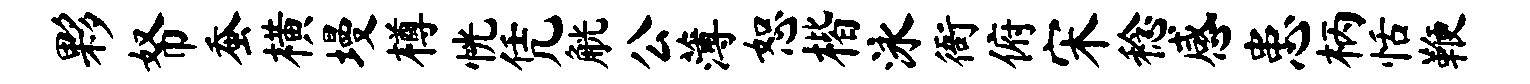
夥帑蚕横墁樽恍凭觥公薄恕楷泳衙俯宋稔感患柄恬鞭